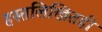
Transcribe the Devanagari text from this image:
हस्तलिखितही